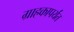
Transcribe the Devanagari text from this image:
ग्राहकापर्यंत